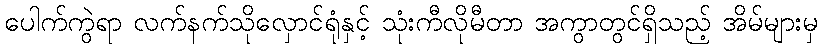
ပေါက်ကွဲရာ လက်နက်သိုလှောင်ရုံနှင့် သုံးကီလိုမီတာ အကွာတွင်ရှိသည့် အိမ်များမှ